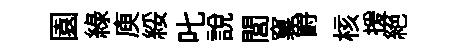
園綠庾綏叱說閭窠爵核援絕